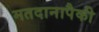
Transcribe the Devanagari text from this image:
मतदानापैकी